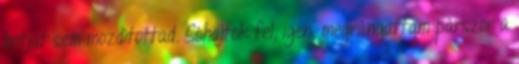
botját sem mozdítottad. Sóhajtok fel, igen, megrángattam párszor a